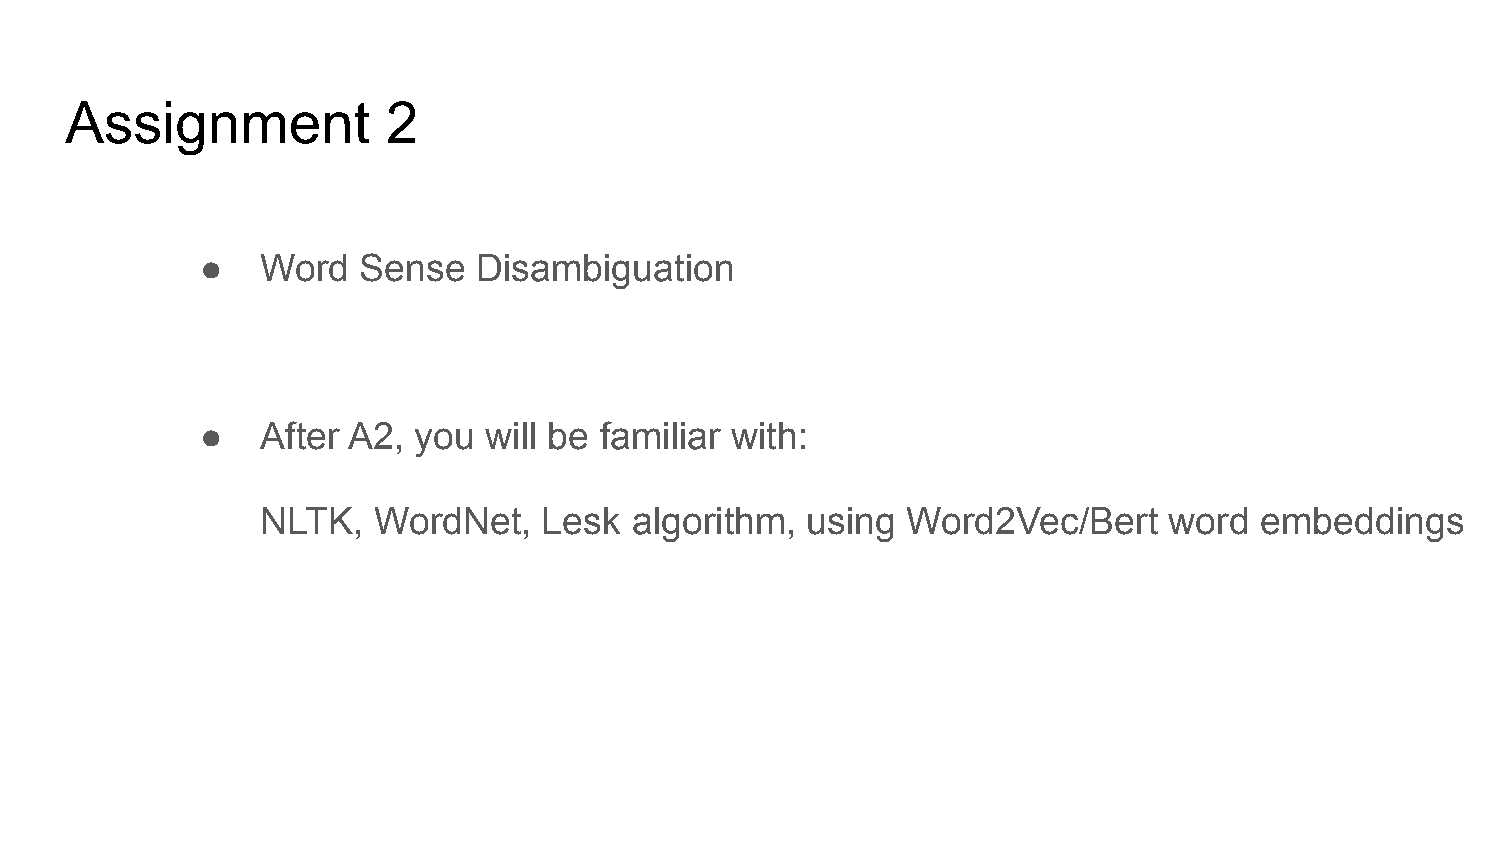
Assignment            2
 ●   Word   Sense   Disambiguation
 ●   After A2, you  will be familiar with:
 NLTK,   WordNet,   Lesk  algorithm, using  Word2Vec/Bert    word  embeddings